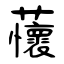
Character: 蘹